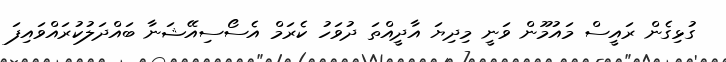
ގުޅިގެން ރައީސް މައުމޫން ވަނީ މިދިޔަ އާދީއްތަ ދުވަހު ކެރަމް އެސޯސިއޭޝަނާ ބައްދަލުކުރައްވައިފަ